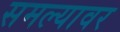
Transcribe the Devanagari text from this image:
समल्यावर